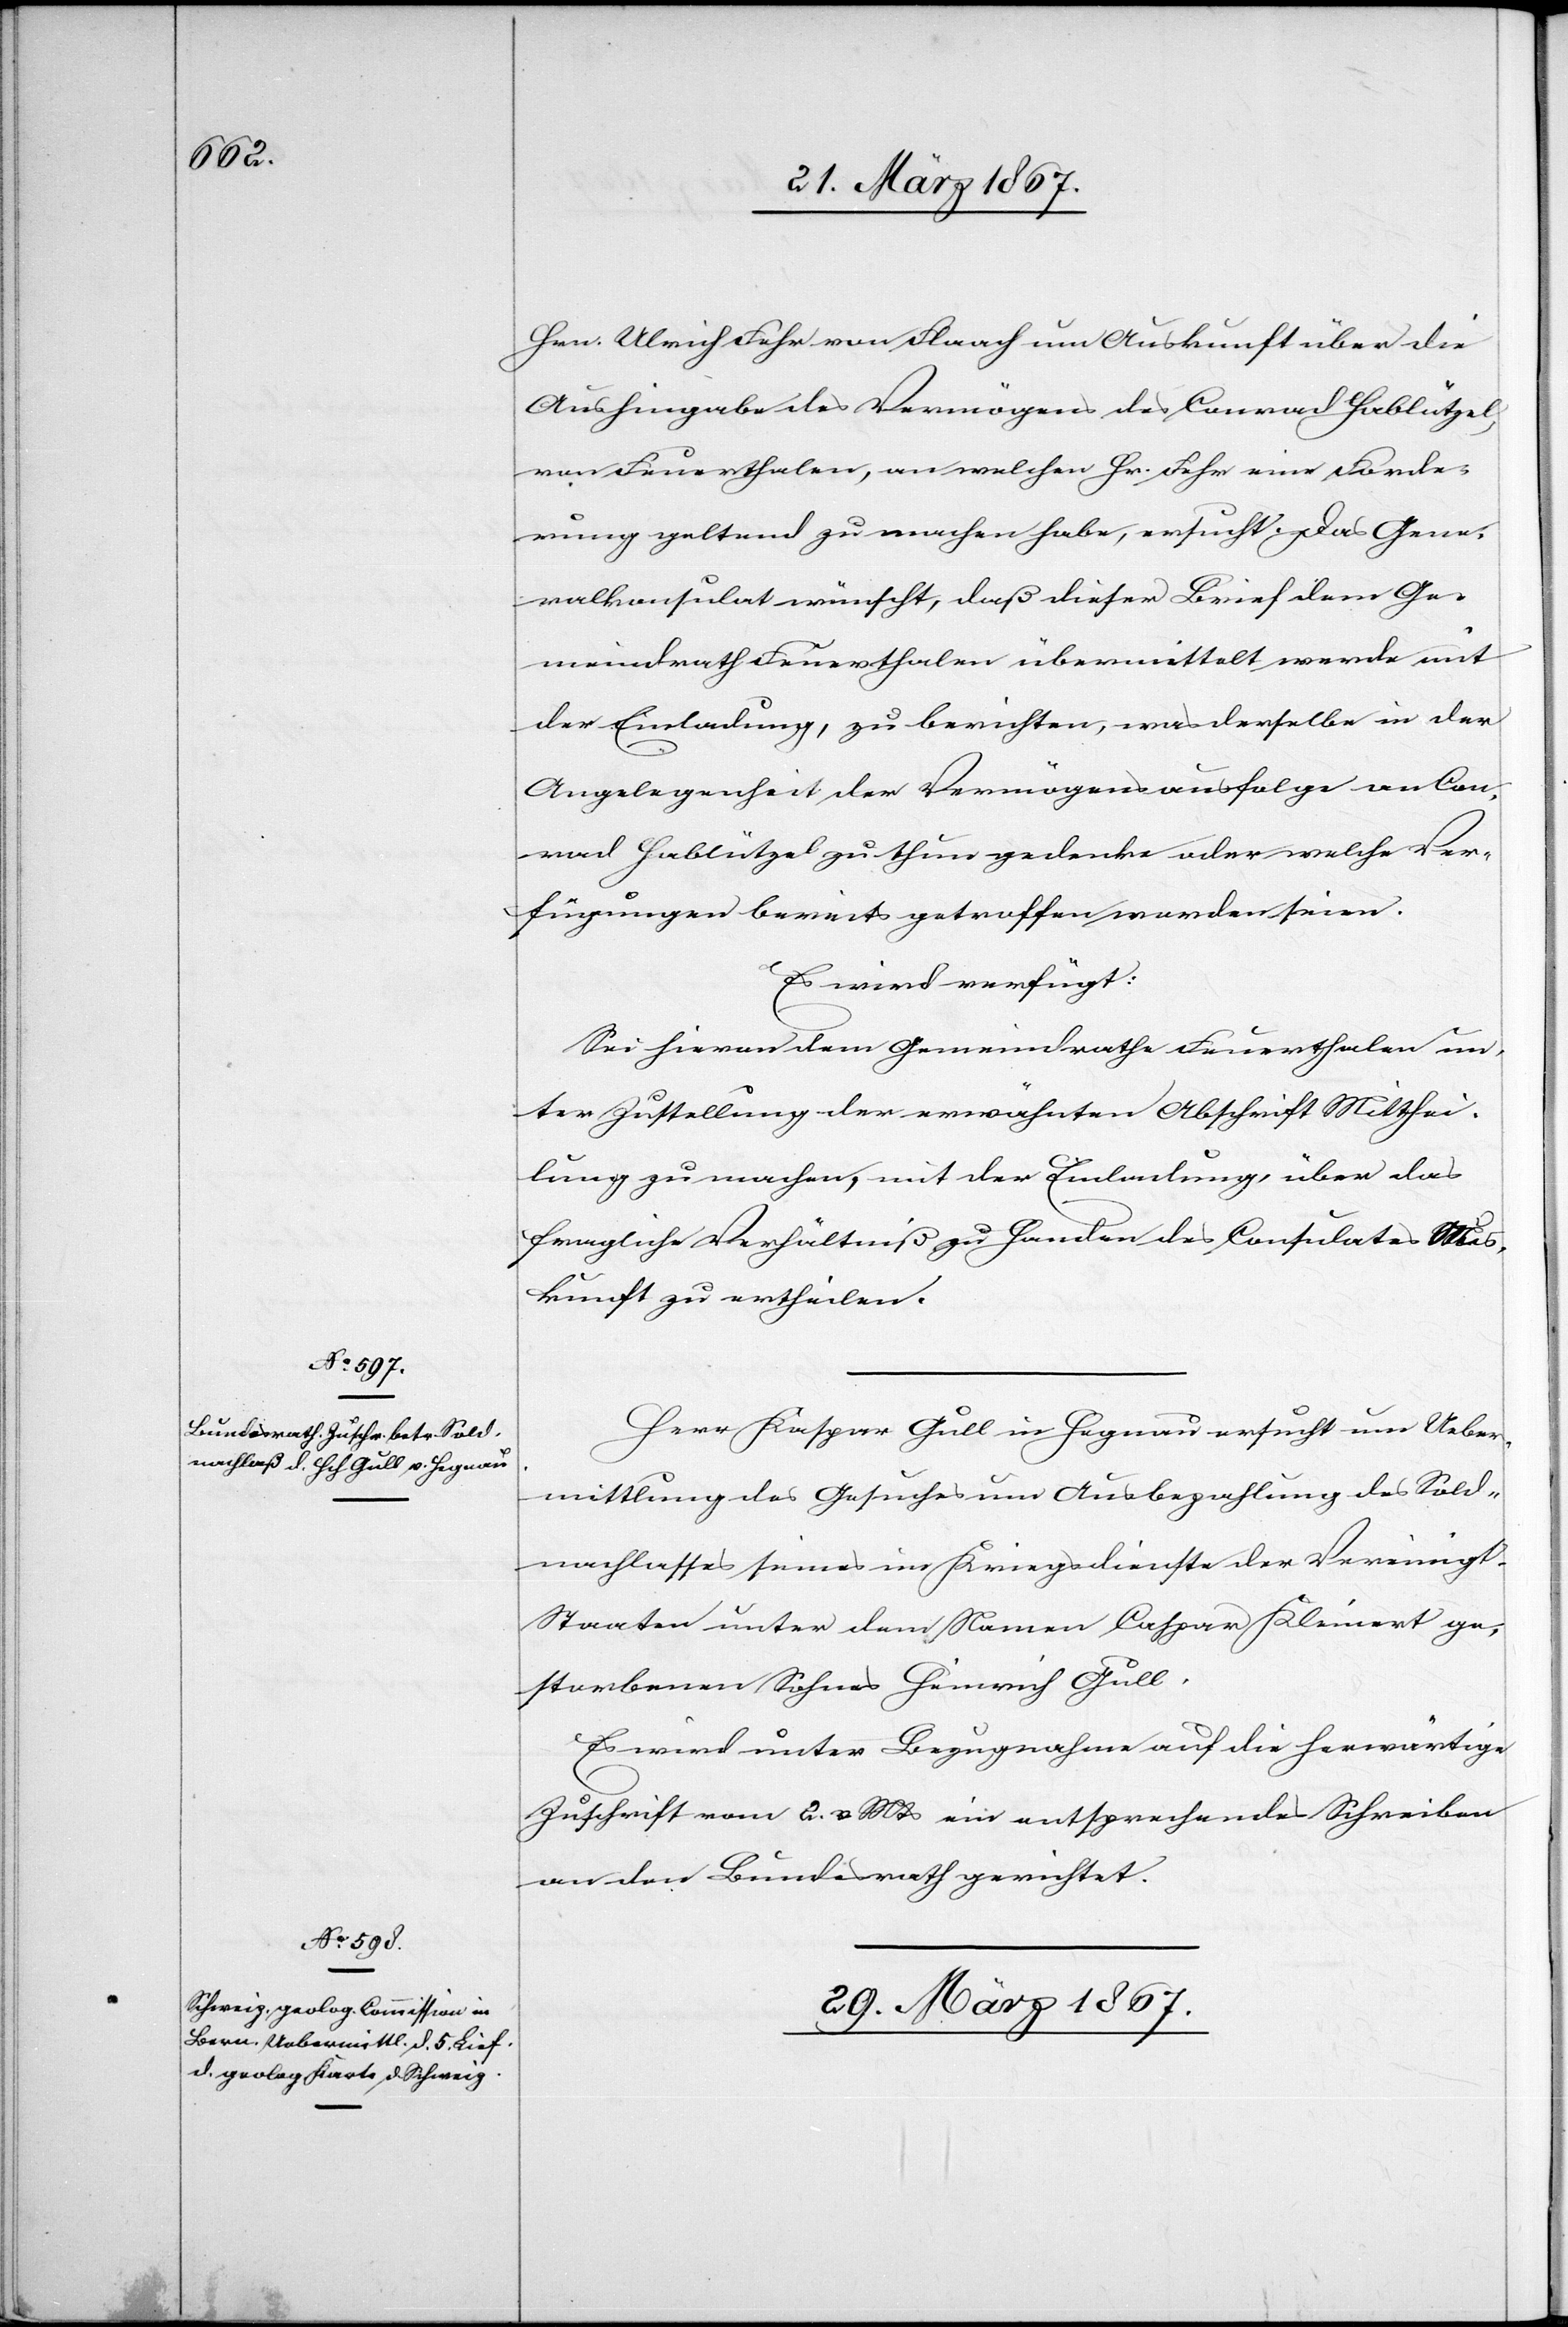
28. März 1867.]
Hrn. Ulrich Fehr von Flaach um Auskunft über die
Aushingabe des Vermögens des Conrad Hablützel,
von Feuerthalen, an welchen Hr. Fehr eine Forde¬
rung geltend zu machen habe, ersucht. Das Gene¬
ralkonsulat wünscht, daß dieser Brief dem Ge¬
meindrath Feuerthalen übermittelt werde mit
der Einladung, zu berichten, was derselbe in der
Angelegenheit der Vermögensausfolge an Con¬
rad Hablützel zu thun gedenke oder welche Ver¬
fügungen bereits getroffen worden seien.
Es wird verfügt:
Sei hievon dem Gemeindrathe Feuerthalen un¬
ter Zustellung der erwähnten Abschrift Mitthei¬
lung zu machen, mit der Einladung, über das
fragliche Verhältniß zu Handen des Consulates Aus¬
kunft zu ertheilen.
Herr Kaspar Gull in Hegnau ersucht um Ueber¬
mittlung des Gesuches um Ausbezahlung des Sold¬
nachlasses seines im Kriegsdienste der Vereinigten
Staaten unter dem Namen Caspar Kleinert ge¬
storbenen Sohnes Heinrich Gull.
Es wird unter Bezugnahme auf die herwärtige
Zuschrift vom 2. v. Mts ein entsprechendes Schreiben
an den Bundesrath gerichtet.
29. März 1867.